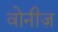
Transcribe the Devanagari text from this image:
वोनीज़